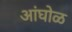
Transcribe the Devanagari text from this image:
अांघोळ